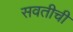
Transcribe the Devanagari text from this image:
सवतीची